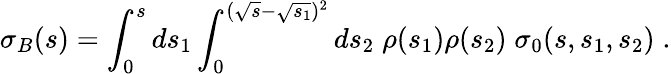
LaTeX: \sigma_{B}(s)=\int_{0}^{s}ds_{1}\int_{0}^{(\sqrt{s}-\sqrt{s_{1}})^{2}}ds_{2}\; \rho(s_{1})\rho(s_{2})\; \sigma_{0}(s,s_{1},s_{2})\; .